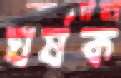
ঘর্ষক